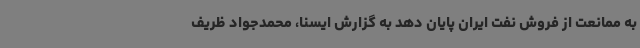
به ممانعت از فروش نفت ایران پایان دهد به گزارش ایسنا، محمدجواد ظریف